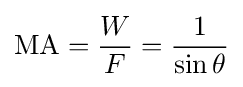
\mathrm {MA} ={\frac {W}{F}}={\frac {1}{\sin \theta }}